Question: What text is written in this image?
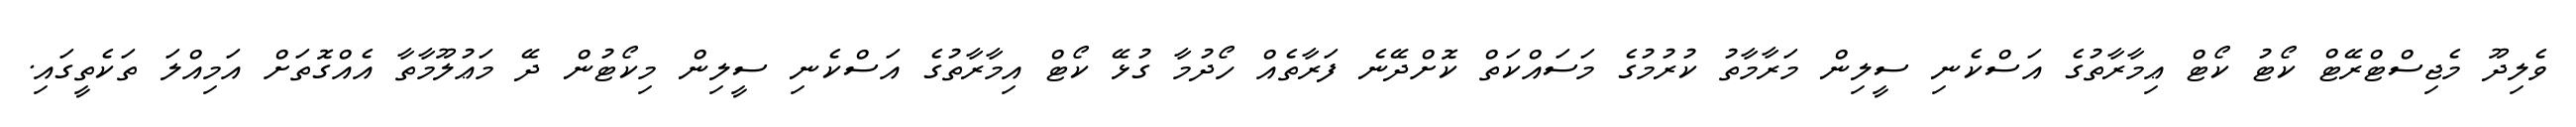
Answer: ވެލިދޫ މެޖިސްޓްރޭޓް ކޯޓު ކޯޓް ޢިމާރާތުގެ އަސްކެނި ސީލިން މަރާމާތު ކުރުމުގެ މަސައްކަތް ކޮށްދޭނެ ފަރާތެއް ހޯދުމާ ގުޅޭ ކޯޓް އިމާރާތުގެ އަސްކެނި ސީލިން މިކޯޓުން ދޭ މަޢުލޫމާތާ އެއްގޮތަށް އަމިއްލަ ތަކެތީގައި.